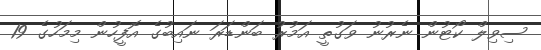
ސިވިލް ކޯޓުން ނެރުނު ވަގުތީ އަމުރު ބަންޑަރަ ނައިބުގެ އޮފީހުން މިމަހުގެ 19